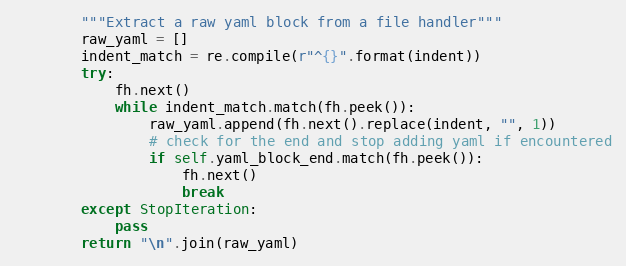
Language: Python
        """Extract a raw yaml block from a file handler"""
        raw_yaml = []
        indent_match = re.compile(r"^{}".format(indent))
        try:
            fh.next()
            while indent_match.match(fh.peek()):
                raw_yaml.append(fh.next().replace(indent, "", 1))
                # check for the end and stop adding yaml if encountered
                if self.yaml_block_end.match(fh.peek()):
                    fh.next()
                    break
        except StopIteration:
            pass
        return "\n".join(raw_yaml)